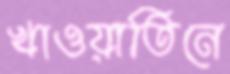
খাওয়াতিনে